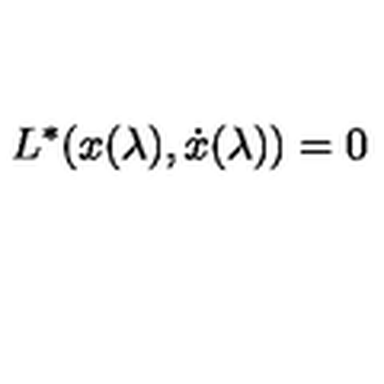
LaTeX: L ^ { * } ( x ( \lambda ) , { \dot { x } } ( \lambda ) ) = 0